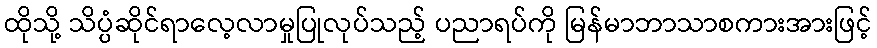
ထိုသို့ သိပ္ပံဆိုင်ရာလေ့လာမှုပြုလုပ်သည့် ပညာရပ်ကို မြန်မာဘာသာစကားအားဖြင့်